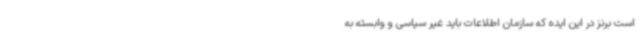
است برنز در این ایده که سازمان اطلاعات باید غیر سیاسی و وابسته به